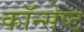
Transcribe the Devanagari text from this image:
कॉन्‍सेप्‍ट